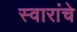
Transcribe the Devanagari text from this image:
स्वारांचे